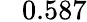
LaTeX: \phantom{-}0.587